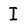
Character: I